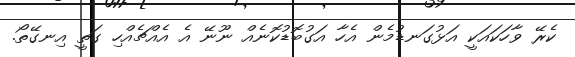
ކެރޭ ވާހަކައަކީ އަޅުގަނޑުމެން އެހާ އަގުބޮޑުކޮނެއް ނޫނޭ އެ އެއްޗެއްހި ގަތީ އިނގޭތޯ.